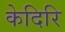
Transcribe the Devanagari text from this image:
केदिरि